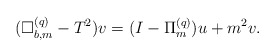
\begin{align*} (\Box^{(q)}_{b,m}-T^2)v=(I-\Pi^{(q)}_m)u+m^2v.\end{align*}